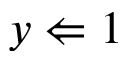
y \Leftarrow 1